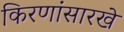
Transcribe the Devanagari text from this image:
किरणांसारखे